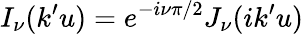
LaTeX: I_{\nu}(k^{\prime}u)=e^{-i\nu\pi/2}J_{\nu}(ik^{\prime}u)